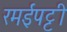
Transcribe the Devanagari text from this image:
रमईपट्टी